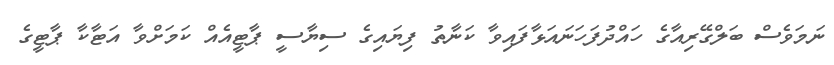
ނަމަވެސް ބަލްގޭރިއާގެ ހައްދުފަހަނައަޅާފައިވާ ކަނާތު ފިޔައިގެ ސިޔާސީ ޕާޓީއެއް ކަމަށްވާ އަޓާކާ ޕާޓީގެ